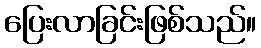
ပြေးလာခြင်းဖြစ်သည်။